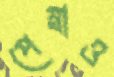
পেম্বাও